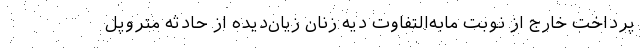
پرداخت خارج از نوبت مابه‌التفاوت دیه زنان زیان‌دیده از حادثه متروپل